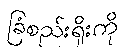
ခြံစည်းရိုးကို